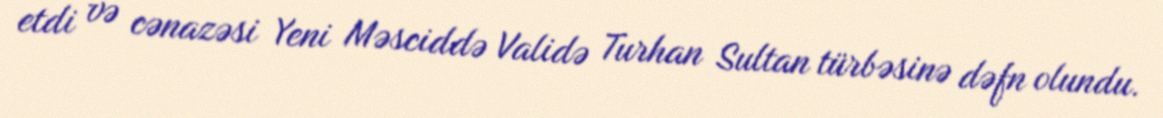
etdi və cənazəsi Yeni Məsciddə Validə Turhan Sultan türbəsinə dəfn olundu.